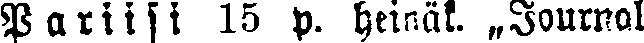
Pariisi 15 p. heinäk. „Journal